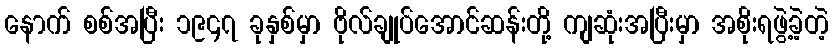
နောက် စစ်အပြီး ၁၉၄၇ ခုနှစ်မှာ ဗိုလ်ချုပ်အောင်ဆန်းတို့ ကျဆုံးအပြီးမှာ အစိုးရဖွဲ့ခဲ့တဲ့